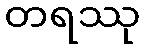
တရဿု